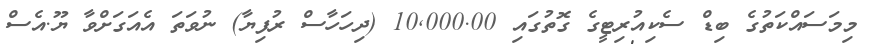
މިމަސައްކަތުގެ ބިޑް ސެކިއުރިޓީގެ ގޮތުގައި 10